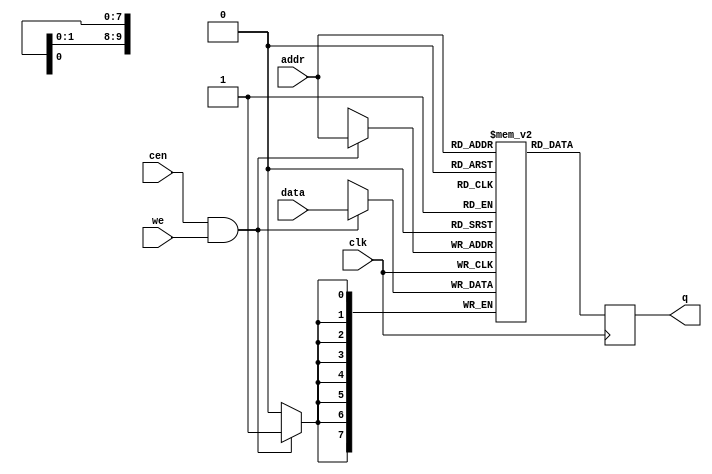
/*
  
   Multicore 2 / Multicore 2+
  
   Copyright (c) 2017-2020 - Victor Trucco

  
   All rights reserved
  
   Redistribution and use in source and synthezised forms, with or without
   modification, are permitted provided that the following conditions are met:
  
   Redistributions of source code must retain the above copyright notice,
   this list of conditions and the following disclaimer.
  
   Redistributions in synthesized form must reproduce the above copyright
   notice, this list of conditions and the following disclaimer in the
   documentation and/or other materials provided with the distribution.
  
   Neither the name of the author nor the names of other contributors may
   be used to endorse or promote products derived from this software without
   specific prior written permission.
  
   THIS CODE IS PROVIDED BY THE COPYRIGHT HOLDERS AND CONTRIBUTORS "AS IS"
   AND ANY EXPRESS OR IMPLIED WARRANTIES, INCLUDING, BUT NOT LIMITED TO,
   THE IMPLIED WARRANTIES OF MERCHANTABILITY AND FITNESS FOR A PARTICULAR
   PURPOSE ARE DISCLAIMED. IN NO EVENT SHALL THE AUTHOR OR CONTRIBUTORS BE
   LIABLE FOR ANY DIRECT, INDIRECT, INCIDENTAL, SPECIAL, EXEMPLARY, OR
   CONSEQUENTIAL DAMAGES (INCLUDING, BUT NOT LIMITED TO, PROCUREMENT OF
   SUBSTITUTE GOODS OR SERVICES; LOSS OF USE, DATA, OR PROFITS; OR BUSINESS
   INTERRUPTION) HOWEVER CAUSED AND ON ANY THEORY OF LIABILITY, WHETHER IN
   CONTRACT, STRICT LIABILITY, OR TORT (INCLUDING NEGLIGENCE OR OTHERWISE)
   ARISING IN ANY WAY OUT OF THE USE OF THIS SOFTWARE, EVEN IF ADVISED OF THE
   POSSIBILITY OF SUCH DAMAGE.
  
   You are responsible for any legal issues arising from your use of this code.
  
*//*  This file is part of JTFRAME.
    JTFRAME program is free software: you can redistribute it and/or modify
    it under the terms of the GNU General Public License as published by
    the Free Software Foundation, either version 3 of the License, or
    (at your option) any later version.

    JTFRAME program is distributed in the hope that it will be useful,
    but WITHOUT ANY WARRANTY; without even the implied warranty of
    MERCHANTABILITY or FITNESS FOR A PARTICULAR PURPOSE.  See the
    GNU General Public License for more details.

    You should have received a copy of the GNU General Public License
    along with JTFRAME.  If not, see <http://www.gnu.org/licenses/>.

    Author: Jose Tejada Gomez. Twitter: @topapate
    Version: 1.0
    Date: 27-10-2017 */

// Generic RAM with clock enable
// parameters:
//      dw      => Data bit width, 8 for byte-based memories
//      aw      => Address bit width, 10 for 1kB
//      simfile => binary file to load during simulation
//      simhexfile => hexadecimal file to load during simulation
//      synfile => hexadecimal file to load for synthesis
//      cen_rd  => Use clock enable for reading too, by default it is used
//                 only for writting.

`timescale 1ns/1ps

module jtframe_ram #(parameter dw=8, aw=10, simfile="", simhexfile="", synfile="",cen_rd=0)(
    input   clk,
    input   cen /* direct_enable */,
    input   [dw-1:0] data,
    input   [aw-1:0] addr,
    input   we,
    output reg [dw-1:0] q
);

(* ramstyle = "no_rw_check" *) reg [dw-1:0] mem[0:(2**aw)-1];

`ifdef SIMULATION
integer f, readcnt;
initial
if( simfile != "" ) begin
    f=$fopen(simfile,"rb");
    if( f != 0 ) begin
        readcnt=$fread( mem, f );
        $display("INFO: Read %s (%d byes) for %m",simfile, readcnt);
        $fclose(f);
    end else begin
        $display("WARNING: %m cannot open file: %s", simfile);
    end
    end
else begin
    if( simhexfile != "" ) begin
        $readmemh(simhexfile,mem);
        $display("INFO: Read %s for %m", simhexfile);
    end else begin
        if( synfile!= "" ) begin
            $readmemh(synfile,mem);
            $display("INFO: Read %s for %m", synfile);
        end else
            for( readcnt=0; readcnt<(2**aw)-1; readcnt=readcnt+1 )
                mem[readcnt] = {dw{1'b0}};
    end
end
`else
// file for synthesis:
/* verilator lint_off WIDTH */
initial if(synfile!="" )$readmemh(synfile,mem);
/* verilator lint_on WIDTH */
`endif

always @(posedge clk) begin
    if( !cen_rd || cen ) q <= mem[addr];
    if( cen && we) mem[addr] <= data;
end

endmodule